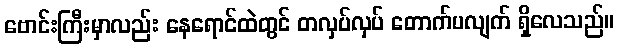
ဗောင်းကြီးမှာလည်း နေရောင်ထဲတွင် တလှပ်လှပ် တောက်ပလျက် ရှိလေသည်။